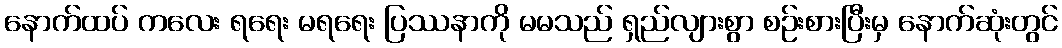
နောက်ထပ် ကလေး ရရေး မရရေး ပြဿနာကို မမသည် ရှည်လျားစွာ စဉ်းစားပြီးမှ နောက်ဆုံးတွင်